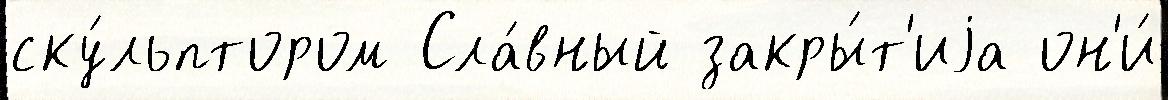
ску́льптором Сла́вный закры́т'иjа он'и́